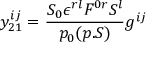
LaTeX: y _ { 2 1 } ^ { i j } = { \frac { S _ { 0 } \epsilon ^ { r l } F ^ { 0 r } S ^ { l } } { p _ { 0 } ( p . S ) } } g ^ { i j }